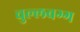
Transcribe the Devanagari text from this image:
चुल्लबग्ग